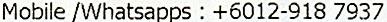
MOBILE /WHATSAPPS : +6012-918 7937